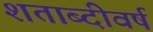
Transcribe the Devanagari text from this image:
शताब्दीवर्ष